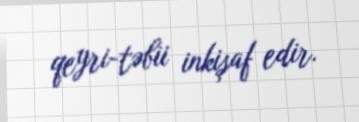
qeyri-təbii inkişaf edir.